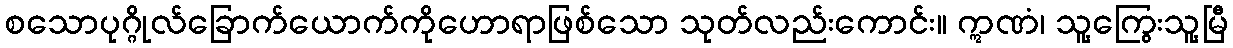
စသောပုဂ္ဂိုလ်ခြောက်ယောက်ကိုဟောရာဖြစ်သော သုတ်လည်းကောင်း။ ဣဏံ၊ သူ့ကြွေးသူ့မြီ